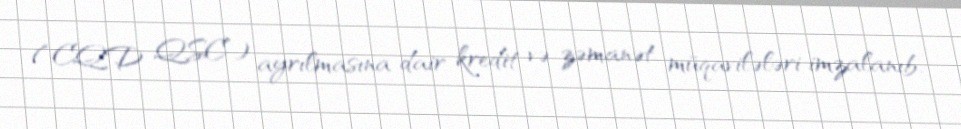
(“CQD QSC”) ayrılmasına dair kredit və zəmanət müqavilələri imzalanıb.